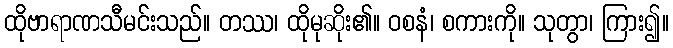
ထိုဗာရာဏသီမင်းသည်။ တဿ၊ ထိုမုဆိုး၏။ ဝစနံ၊ စကားကို။ သုတွာ၊ ကြား၍။